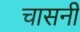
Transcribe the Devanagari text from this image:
चासनी